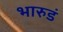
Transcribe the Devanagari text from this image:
भारुडं